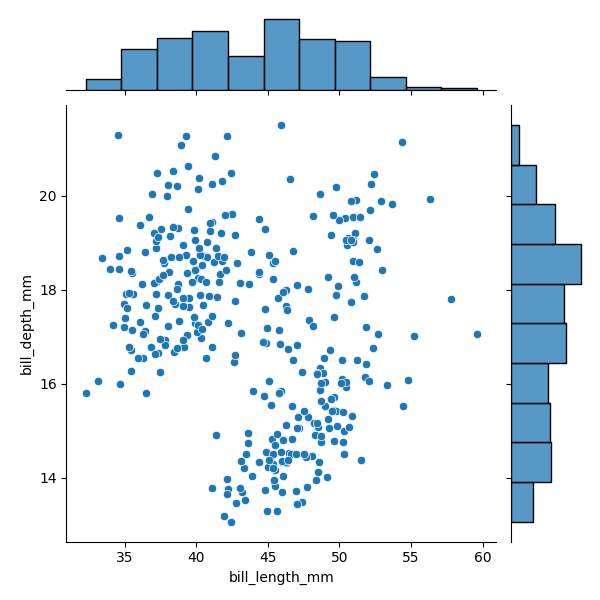
python, seaborn, JointGrid, scatterplot, histplot